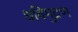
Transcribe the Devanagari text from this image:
धविमुद्रण